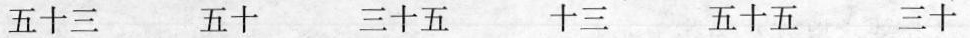
五十三 五十 三十五 十三 五十五 三十